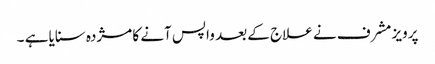
پرویز مشرف نے علاج کے بعد واپس آنے کا مژدہ سنایا ہے ۔